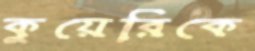
কুয়েরিকে